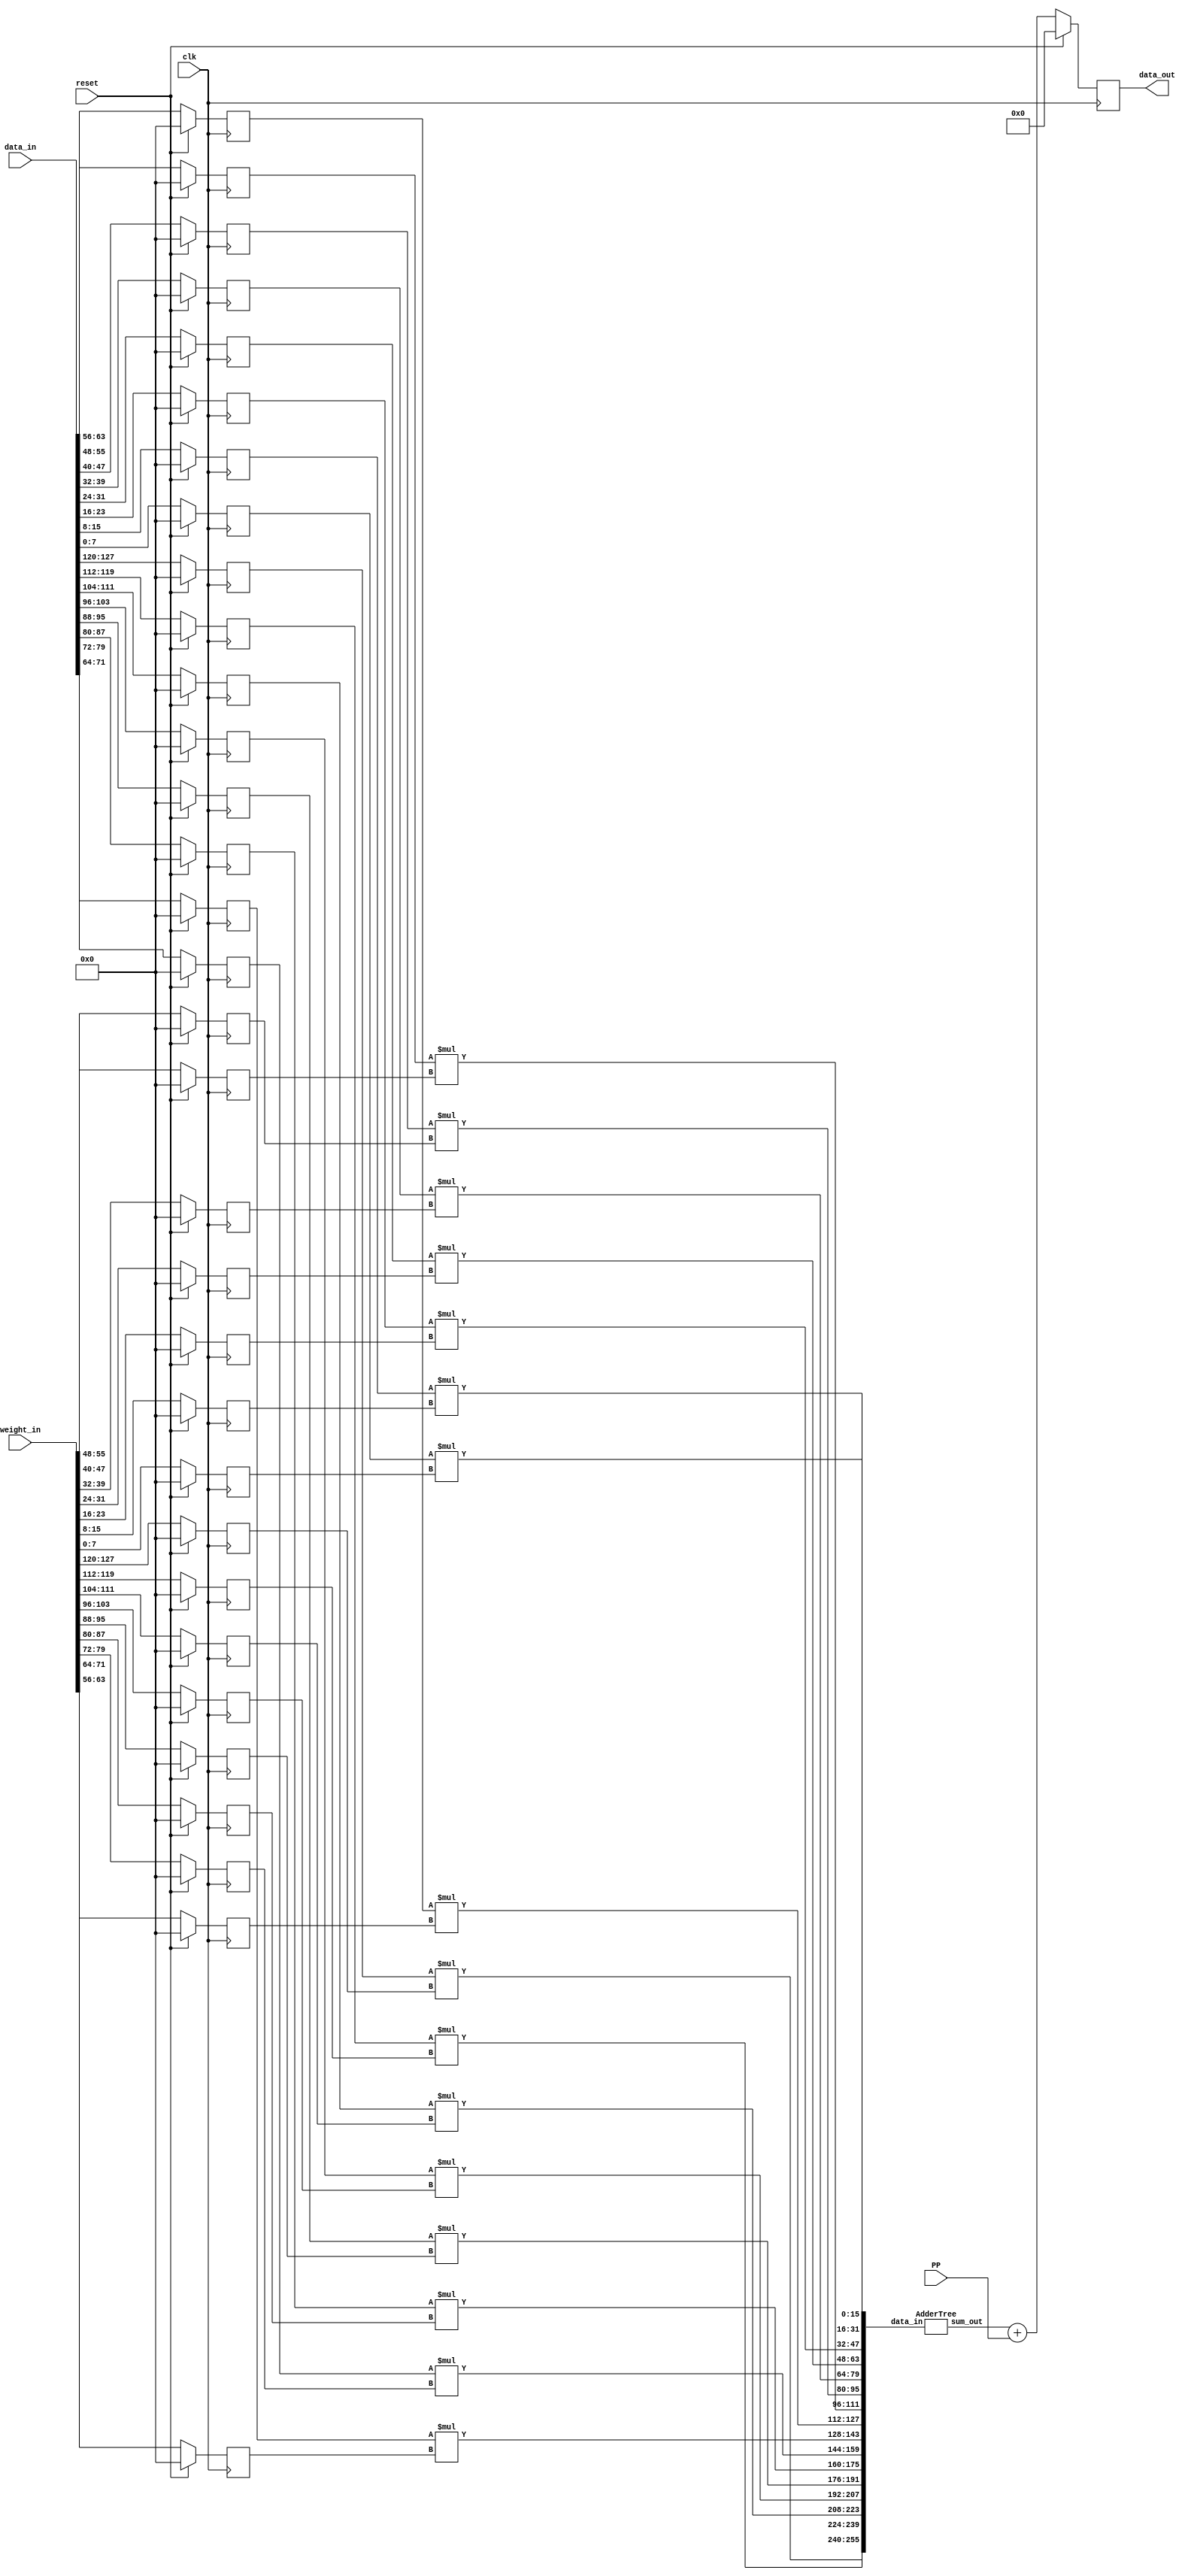
`timescale 1ns / 1ps
//////////////////////////////////////////////////////////////////////////////////
// Company: 
// Engineer: 
// 
// Design Name: 
// Module Name: memory
// Project Name: 
// Target Devices: 
// Tool Versions: 
// Description: 
// 
// Dependencies: 
// 
// Revision:
// Revision 0.01 - File Created
// Additional Comments:
// 
//////////////////////////////////////////////////////////////////////////////////

`define N_INT 16 
module mac_int (input [127:0] data_in,
input [127:0] weight_in,
input clk,
input [26:0]PP,
input reset,
 output reg [26:0] data_out);
reg [7:0]t[0:31];
wire [15:0]t1[0:15];
wire [255:0]t2;
wire [18:0]t3;
always@(posedge clk)
begin 
if(reset){t[31],t[30],t[29],t[28],t[27],t[26],t[25],t[24],t[23],t[22],t[21],t[20],t[19],t[18],t[17],t[16],t[15],t[14],t[13],t[12],t[11],t[10],t[9],t[8],t[7],t[6],t[5],t[4],t[3],t[2],t[1],t[0]}=0;
else 
begin
    {t[31],t[29],t[27],t[25],t[23],t[21],t[19],t[17],t[15],t[13],t[11],t[9],t[7],t[5],t[3],t[1]}=weight_in;
    {t[30],t[28],t[26],t[24],t[22],t[20],t[18],t[16],t[14],t[12],t[10],t[8],t[6],t[4],t[2],t[0]}=data_in;
end
end
assign t1[0]=t[0]*t[1];
assign t1[1]=t[2]*t[3];
assign t1[2]=t[4]*t[5];
assign t1[3]=t[6]*t[7];
assign t1[4]=t[8]*t[9];
assign t1[5]=t[10]*t[11];
assign t1[6]=t[12]*t[13];
assign t1[7]=t[14]*t[15];
assign t1[8]=t[16]*t[17];
assign t1[9]=t[18]*t[19];
assign t1[10]=t[20]*t[21];
assign t1[11]=t[22]*t[23];
assign t1[12]=t[24]*t[25];
assign t1[13]=t[26]*t[27];
assign t1[14]=t[28]*t[29];
assign t1[15]=t[30]*t[31];
assign t2= {t1[15],t1[14],t1[13],t1[12],t1[11],t1[10],t1[9],t1[8],t1[7],t1[6],t1[5],t1[4],t1[3],t1[2],t1[1],t1[0]};
AdderTree a1(.data_in(t2),.sum_out(t3));
always@(posedge clk)
begin
if(reset)
data_out<=0;
else
    data_out<=t3+PP;
end

endmodule


  module AdderTree (
  input [`N_INT*16-1:0] data_in ,  // 16 8-bit data inputs
  output reg [`N_INT+2:0] sum_out    // 11-bit output
  );
  wire [`N_INT+2:0] out;
  wire [`N_INT:0] stage1_out [0:7];  // Outputs of the first stage adders
  wire [`N_INT+1:0] stage2_out [0:3];  // Outputs of the second stage adders
  wire [`N_INT+2:0] stage3_out [0:1];  // Outputs of the third stage adders
  wire [`N_INT-1:0] t [0:15];
  assign {t[15],t[14],t[13],t[12],t[11],t[10],t[9],t[8],t[7],t[6],t[5],t[4],t[3],t[2],t[1],t[0]}=data_in;
  genvar i;
  generate
    for (i = 0; i < 8; i = i + 1) begin : STAGE1
      assign stage1_out[i] = t[2*i] + t[2*i+1];
    end
  endgenerate

  // Second stage: 4 adders
  genvar j;
  generate
    for (j = 0; j < 4; j = j + 1) begin : STAGE2
      assign stage2_out[j] = stage1_out[2*j] + stage1_out[2*j+1];
    end
  endgenerate

  // Third stage: 2 adders
  assign stage3_out[0] = stage2_out[0] + stage2_out[1];
  assign stage3_out[1] = stage2_out[2] + stage2_out[3];

  // Final stage: 1 adder
  assign out = stage3_out[0] + stage3_out[1];
  always@(*)
  begin
    sum_out<=out;
  end

endmodule

/////////////////////////////////////////////////////////////////////////////////////////////////////



`define BufferDepthInt 64
module memory_int(
    input clk,
    input reset,
    input write_enable,// this signal is toggled when new data comes
    input read_enable,
    input [127:0] data_in,
    output reg [127:0] data_out,
    output reg [$clog2(`BufferDepthInt)-1:0] counter
    );
    reg prev_WE;
    reg [127:0] mem [`BufferDepthInt-1:0];
    
    
    always @(posedge clk)
    begin
    if (!reset)
    begin
        data_out = 1'b0;
        counter = 0; 
        prev_WE =0;   
    end    
    else
    begin
        if(write_enable !=prev_WE)
        begin
            mem[counter] = data_in;
            counter = counter +1;
        end
        //else
        //    counter <= counter;
        else if(read_enable)
        begin
            data_out = mem[counter];
            counter = counter+1;
        end
        else
            counter = counter;
        prev_WE =write_enable;
    end
    end
endmodule




/////////////////////////////////////////////////////////////////////////////////////////////////////////////



module int_pe(
    input clk,
    input reset,
    input reset_pp, 
    input isNewWeight,
    input read_enable,
    input [127:0] data_in,
    input [127:0] weight_in0,
    input [127:0] weight_in1,
    input [127:0] weight_in2,
    input [127:0] weight_in3,
    output [26:0] data_out0,
    output [26:0] data_out1,
    output [26:0] data_out2,
    output [26:0] data_out3,
    output counter_tap,
    output dout_int_tap  
);

reg [26:0]pp0;
reg [26:0]pp1;
reg [26:0]pp2;
reg [26:0]pp3;

wire [127:0] weight_out0;
wire [127:0] weight_out1;
wire [127:0] weight_out2;
wire [127:0] weight_out3;

wire [$clog2(`BufferDepthInt)-1:0] counter0;
wire [$clog2(`BufferDepthInt)-1:0] counter1;
wire [$clog2(`BufferDepthInt)-1:0] counter2;
wire [$clog2(`BufferDepthInt)-1:0] counter3;

memory_int mem0(
    .clk(clk),
    .reset(reset),
    .write_enable(isNewWeight),// this signal is toggled when new data comes
    .read_enable(read_enable),
    .data_in(weight_in0),
    .data_out(weight_out0),
    .counter(counter0)
    );
    memory_int mem1(
    .clk(clk),
    .reset(reset),
    .write_enable(isNewWeight),// this signal is toggled when new data comes
    .read_enable(read_enable),
    .data_in(weight_in1),
    .data_out(weight_out1),
    .counter(counter1)
    );
    memory_int mem2(
    .clk(clk),
    .reset(reset),
    .write_enable(isNewWeight),// this signal is toggled when new data comes
    .read_enable(read_enable),
    .data_in(weight_in2),
    .data_out(weight_out2),
    .counter(counter2)
    );
    memory_int mem3(
    .clk(clk),
    .reset(reset),
    .write_enable(isNewWeight),// this signal is toggled when new data comes
    .read_enable(read_enable),
    .data_in(weight_in3),
    .data_out(weight_out3),
    .counter(counter3)
    );
    
    assign counter_tap = counter0[0];
    
always @(posedge clk)
begin
    if(!reset)
    begin
        pp0 = 0;
        pp1 = 0;
        pp2 = 0;
        pp3 = 0;  
    end   
    else 
    begin
        if(reset_pp)
        begin
            pp0 = 0;
            pp1 = 0;
            pp2 = 0;
            pp3 = 0;
        end
        else
        begin
            pp0 = data_out0;
            pp1 = data_out1;
            pp2 = data_out2;
            pp3 = data_out3;
        end
    end
end

mac_int m0 (
    .data_in(data_in),
    .weight_in(weight_out0),
    .clk(clk),
    .reset(reset),
    .PP(pp0),
    .data_out(data_out0)
    );
    
mac_int m1 (
    .data_in(data_in),
    .weight_in(weight_out1),
    .clk(clk),
    .reset(reset),
    .PP(pp0),
    .data_out(data_out1)
    );
    
mac_int m2 (
    .data_in(data_in),
    .weight_in(weight_out2),
    .clk(clk),
    .reset(reset),
    .PP(pp0),
    .data_out(data_out2)
    );
    
mac_int m3 (
    .data_in(data_in),
    .weight_in(weight_out3),
    .clk(clk),
    .reset(reset),
    .PP(pp3),
    .data_out(data_out3)
    );
    
    assign dout_int_tap = data_out0[0];

endmodule